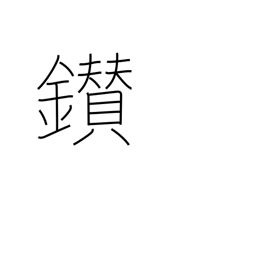
Meaning: make fire by rubbing sticks